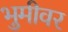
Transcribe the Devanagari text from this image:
भुमीवर